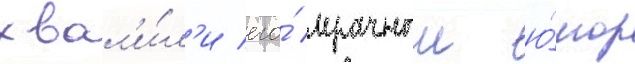
хвал'и́л'и его́ мрачныи ю́мор